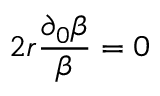
2 r \frac { \partial _ { 0 } \beta } { \beta } = 0